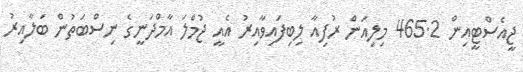
ޖީއެސްޓީއިން 465.2 މިލިއަން ރުފިއާ ލިބިފައިވާއިރު އެއީ ޖުމްލަ އާމްދަނީގެ ނިސްބަތުން ބަލާއިރު